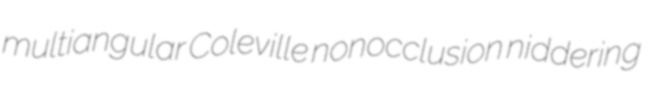
multiangular Coleville nonocclusion niddering